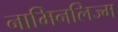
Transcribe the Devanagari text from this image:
नामिनलिज्म